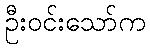
ဦးဝင်းသော်က